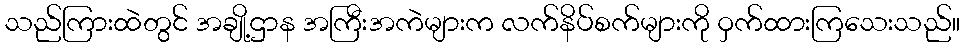
သည်ကြားထဲတွင် အချို့ဌာန အကြီးအကဲများက လက်နိပ်စက်များကို ဝှက်ထားကြသေးသည်။